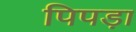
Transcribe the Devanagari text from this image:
पिपड़ा